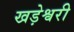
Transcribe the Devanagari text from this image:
खड़ेश्वरी